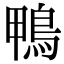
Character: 鴨